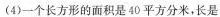
(4)一个长方形的面积是40平方分米，长是